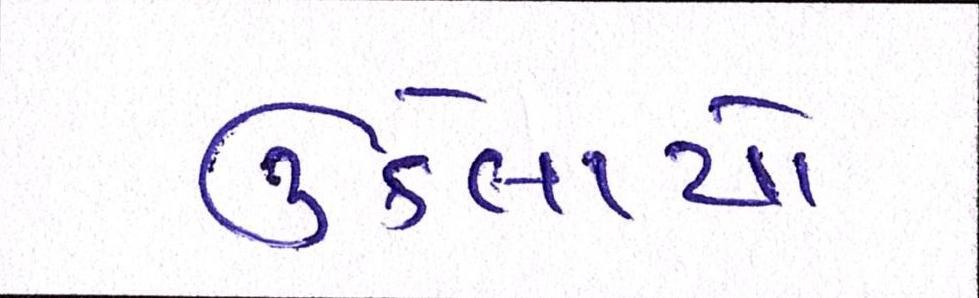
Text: ઉકેલાયો